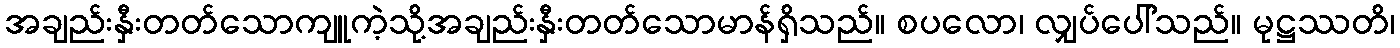
အချည်းနှီးတတ်သောကျူကဲ့သို့အချည်းနှီးတတ်သောမာန်ရှိသည်။ စပလော၊ လျှပ်ပေါ်သည်။ မုဋ္ဌဿတိ၊